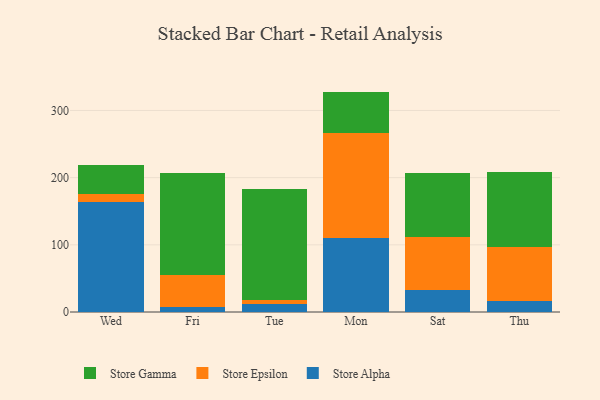
{"axis": {"x": "Day", "y": "Shipments"}, "legend": ["Store Alpha", "Store Epsilon", "Store Gamma"], "data": [{"x": "Wed", "y": 163.5, "type": "Store Alpha"}, {"x": "Wed", "y": 11.8, "type": "Store Epsilon"}, {"x": "Wed", "y": 43.7, "type": "Store Gamma"}, {"x": "Fri", "y": 8.1, "type": "Store Alpha"}, {"x": "Fri", "y": 47.2, "type": "Store Epsilon"}, {"x": "Fri", "y": 151.2, "type": "Store Gamma"}, {"x": "Tue", "y": 12.5, "type": "Store Alpha"}, {"x": "Tue", "y": 5.1, "type": "Store Epsilon"}, {"x": "Tue", "y": 165.5, "type": "Store Gamma"}, {"x": "Mon", "y": 110.8, "type": "Store Alpha"}, {"x": "Mon", "y": 156.4, "type": "Store Epsilon"}, {"x": "Mon", "y": 60.9, "type": "Store Gamma"}, {"x": "Sat", "y": 33.2, "type": "Store Alpha"}, {"x": "Sat", "y": 78.0, "type": "Store Epsilon"}, {"x": "Sat", "y": 95.7, "type": "Store Gamma"}, {"x": "Thu", "y": 16.1, "type": "Store Alpha"}, {"x": "Thu", "y": 80.6, "type": "Store Epsilon"}, {"x": "Thu", "y": 111.8, "type": "Store Gamma"}]}